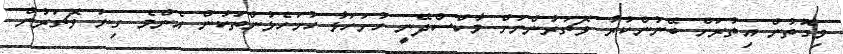
މިގޮތުން އިތުރަށް ބޭނުންކުރާ ވޮޗަރުންނަށް މާކްސްދޭނީ ހުށަހަޅާ ހުށަހެޅުންތަކުން އެންމެ ގިނަ ވޮޗަރުން